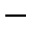
-